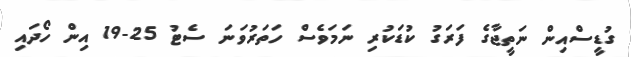
ގުޑީސްއިން ނަތީޖާގެ ފަރަގު ކުޑަކުރި ނަމަވެސް ހަތަރުވަނަ ސެޓު 25-19 އިން ހޯދައި